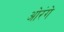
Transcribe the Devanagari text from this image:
ओरंगे